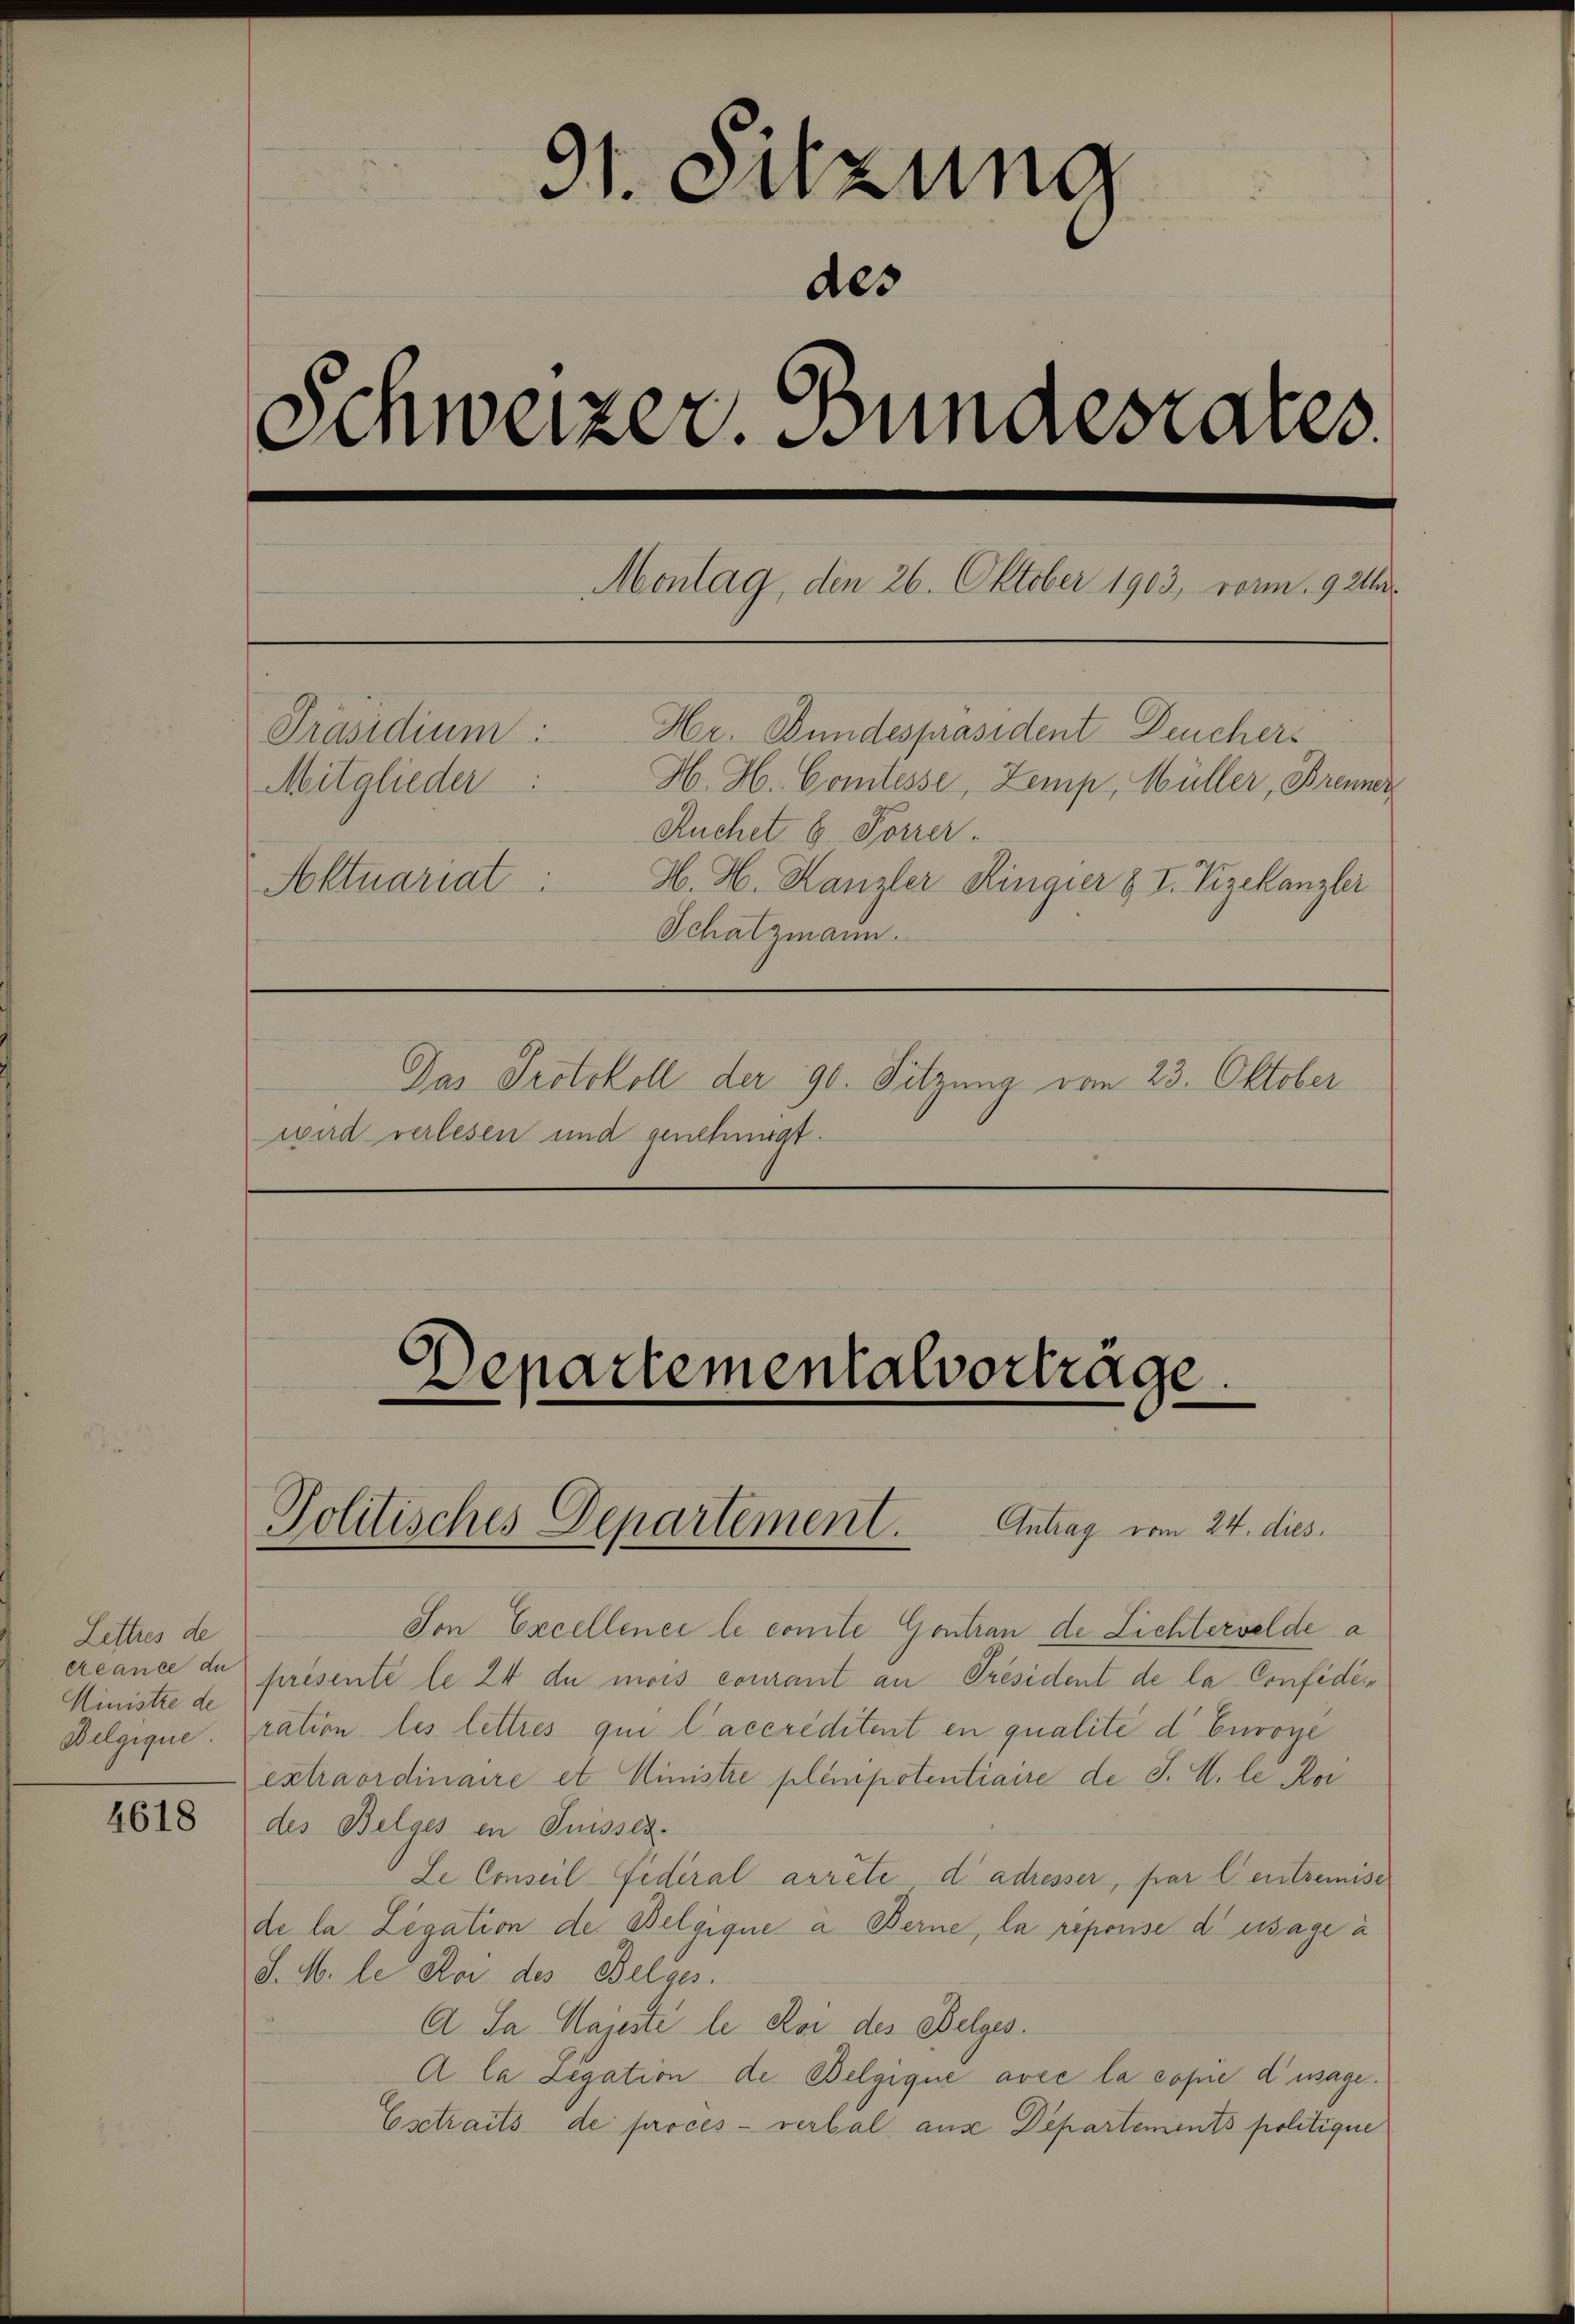
Lettres de
Ministre de

4618

91. Sitzung
des
Schweizer. Bundesrates
Montag, den 26. Oktober 1903, vor. 921
Her. Bundespräsident Deuchers
Präsidium:
H. H. Comtesse, Zemp, Müller, Brenner
Mitglieder
Ruchet 6. Forrer.
H. H. Kanzler Ringier § I. Vizekanzler
Aktuariat
Schatzmann.
Das Protokoll der 90. Sitzung vom 23. Oktober
wird verlesen und genehmigt.

Son Excellence le conte Goutrau de Lichtervelde a
ercance de présente le 24 du mois courant an Président de la Confidei
Belgique. ration les lettres qui l’accreditent en qualité d’ Eurogé
extraordinaire et Ministre plenipotentiaire de J. M. le Kor
des Belges in Suisses.
Le Conseil Federal arrête di adresser, par l’entremise
de la Legation der Belgique a Berne, la reporise d’usage à
d. M. le Mai des Belges.
A Sa. Majeste le Kor des Belges.
A la Legation de Belgique avec la copie d’usage.
Esetraits de procès-verbal aus Departements politique

Departementalvorträge.

Politisches Departement. Antrag vom 24. dies